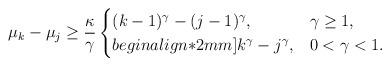
LaTeX: \begin{align*}\mu_k-\mu_j \geq \frac{\kappa}{\gamma}\begin{cases}(k-1)^\gamma - (j-1)^\gamma, & \gamma \geq 1,\\begin{align*}2mm]k^\gamma - j^\gamma, & 0 < \gamma < 1.\end{cases}\end{align*}